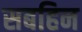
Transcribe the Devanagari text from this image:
सबहिन